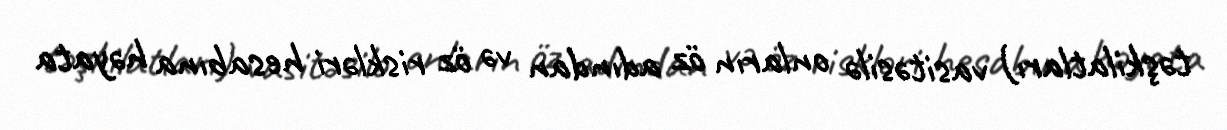
təşkilatları) vasitəsilə onların öz adından və öz riskləri hesabına həyata